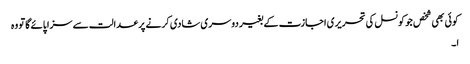
کوئی بھی شخص جو کونسل کی تحریری اجازت کے بغیر دوسری شادی کرنے پر عدالت سے سزا پائے گا تو وہ
ا ۔